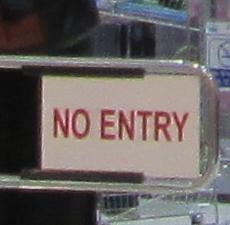
no